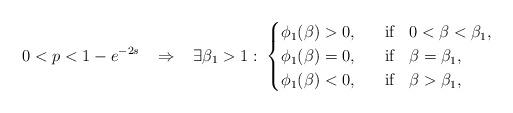
LaTeX: \begin{align*}0<p<1-e^{-2s} \;\;\;\Rightarrow\;\;\;\exists \beta_1>1:\; \begin{cases}\phi_1(\beta)>0,\;\;\; &{\rm if}\;\;\; 0<\beta<\beta_1,\\\phi_1(\beta)=0,\;\;\; &{\rm if}\;\;\; \beta=\beta_1, \\\phi_1(\beta)<0,\;\;\; &{\rm if}\;\;\;\beta>\beta_1,\end{cases}\end{align*}